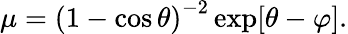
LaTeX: \mu=\left(1-\cos\theta\right)^{-2}\exp[\theta-\varphi].